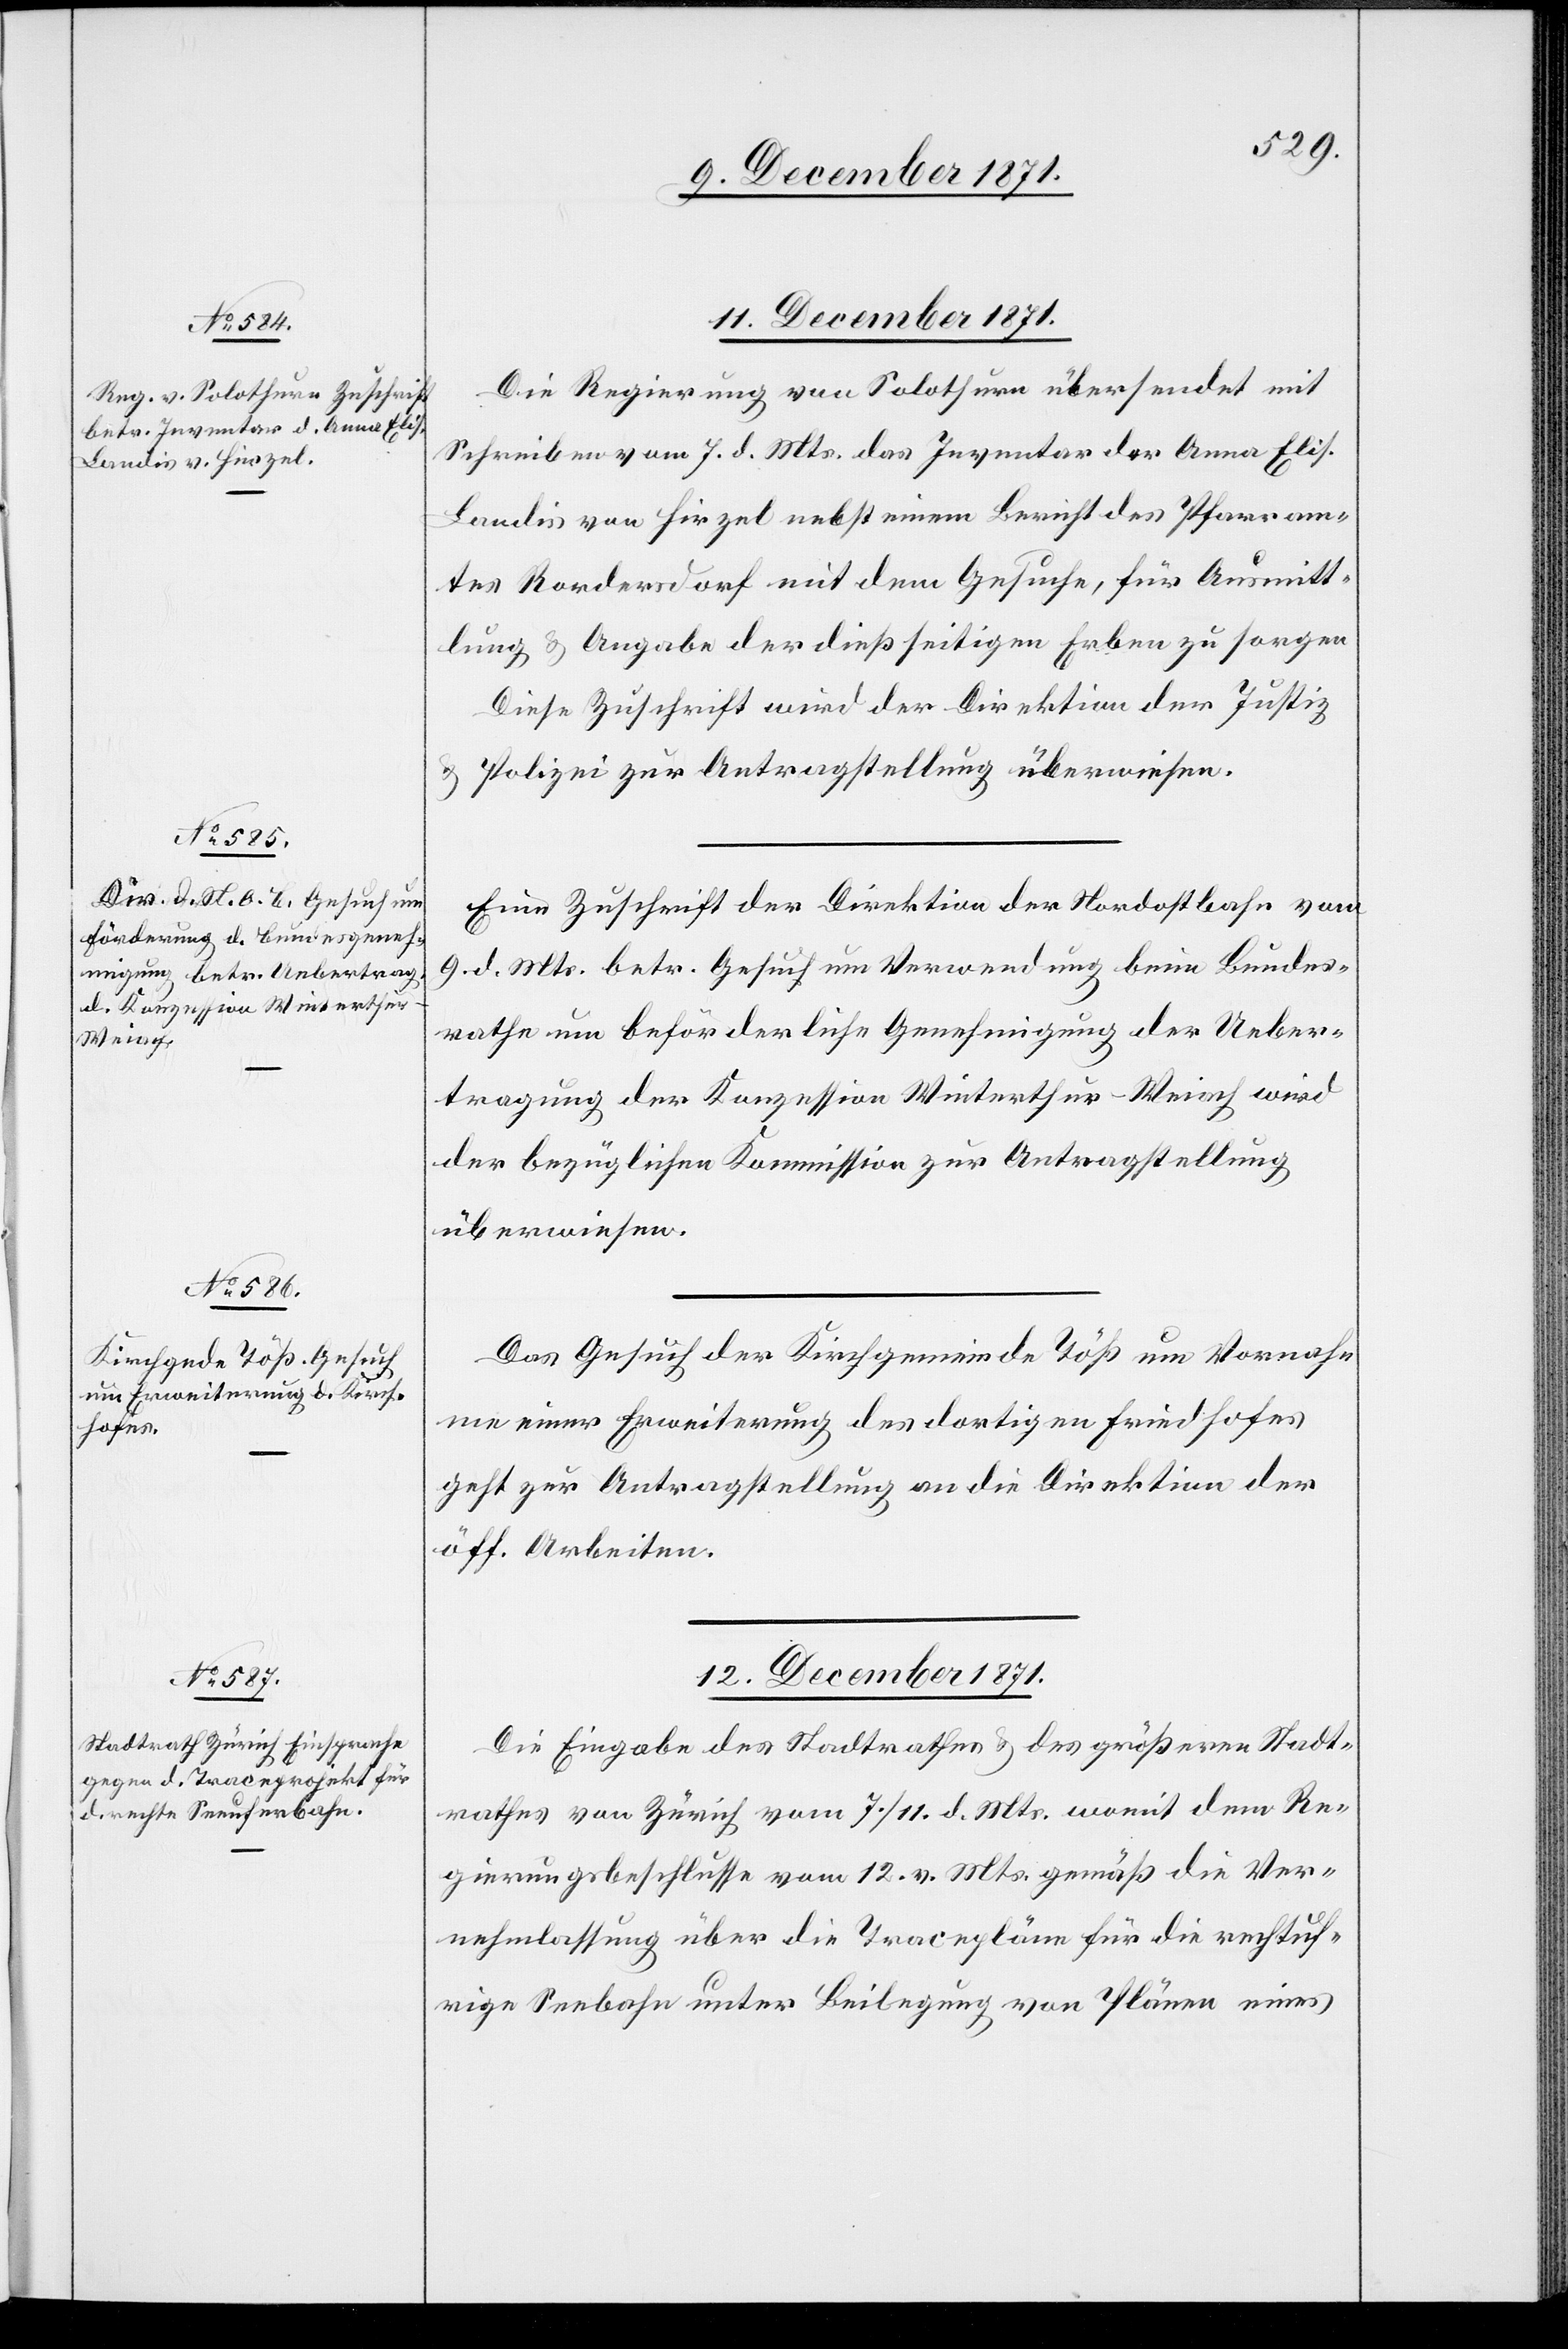
12. December 1871.
Die Regierung von Solothurn übersendet mit
Schreiben vom 7. d. Mts. das Inventar der Anna Elis.
Landis von Hirzel nebst einem Bericht des Pfarram¬
tes Rordersdorf mit dem Gesuche, für Ausmitt¬
lung & Angabe der dießseitigen Erben zu sorgen.
Diese Zuschrift wird der Direktion der Justiz
& Polizei zur Antragstellung überwiesen.
Eine Zuschrift der Direktion der Nordostbahn vom
9. d. Mts. betr. Gesuch um Verwendung beim Bundes¬
rathe um beförderliche Genehmigung der Ueber¬
tragung der Konzession Winterthur–Weiach wird
der bezüglichen Kommission zur Antragstellung
überwiesen.
Das Gesuch der Kirchgemeinde Töß um Vornahm¬
e einer Erweiterung des dortigen Friedhofes
geht zur Antragstellung an die Direktion der
öff. Arbeiten.
Die Eingabe des Stadtrathes & des größeren Stadt¬
rathes von Zürich vom 7. / 11. d. Mts. womit dem Re¬
gierungsbeschlusse vom 12. v. Mts. gemäß die Ver¬
nehmlassung über die Tracepläne für die rechtuf¬
trige Seebahn unter Beilegung von Plänen eines